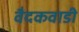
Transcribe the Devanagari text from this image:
वैदकवाडी